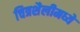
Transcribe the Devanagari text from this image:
चित्रशैलीमध्ये